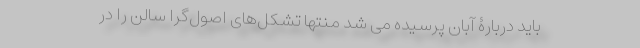
باید دربارۀ آبان پرسیده می شد منتها تشکل‌های اصول‌گرا سالن را در